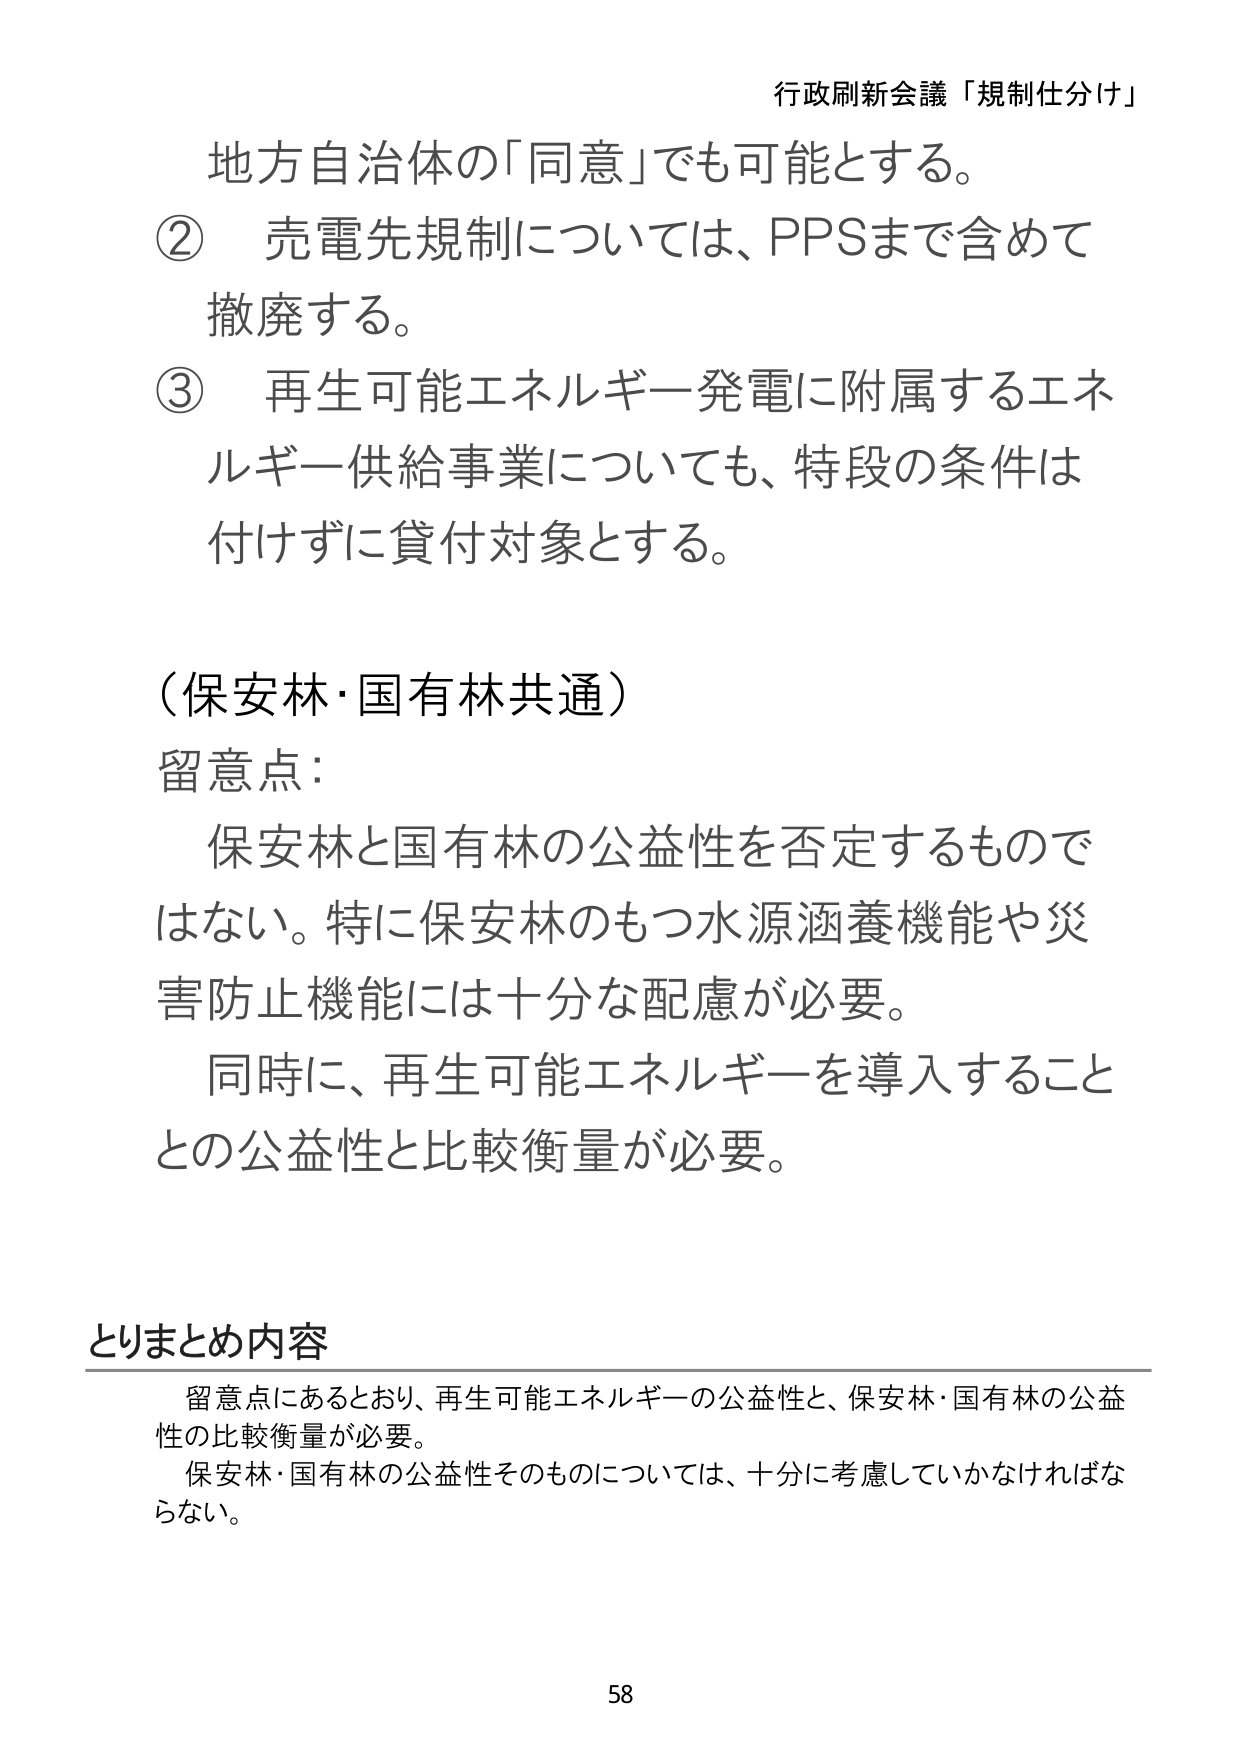
行政刷新会議「規制仕分け」

地方自治体の「同意」でも可能とする。
② 売電先規制については、PPSまで含めて
撤廃する。
③ 再生可能エネルギー発電に附属するエネ
ルギー供給事業についても、特段の条件は
付けずに貸付対象とする。

（保安林・国有林共通）
留意点：
保安林と国有林の公益性を否定するもので
はない。特に保安林のもつ水源涵養機能や災
害防止機能には十分な配慮が必要。
同時に、再生可能エネルギーを導入すること
との公益性と比較衡量が必要。

とりまとめ内容
留意点にあるとおり、再生可能エネルギーの公益性と、保安林・国有林の公益
性の比較衡量が必要。
保安林・国有林の公益性そのものについては、十分に考慮していかなければな
らない。

58